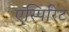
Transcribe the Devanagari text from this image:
एस्पिरिट